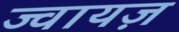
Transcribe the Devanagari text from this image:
ज्वायज़